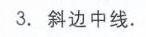
3. 斜边中线.